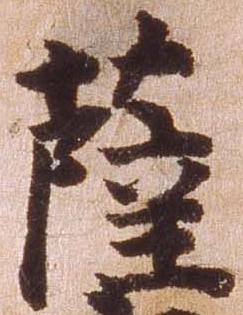
薩